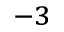
^ { - 3 }